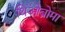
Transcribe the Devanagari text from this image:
थिओब्रोमा